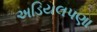
અડિયલપણા